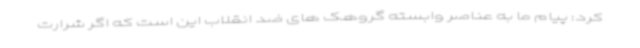
کرد: پیام ما به عناصر وابسته گروهک های ضد انقلاب این است که اگر شرارت